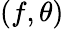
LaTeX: (f,\theta)